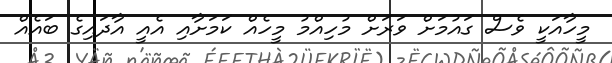
މީހާއަކީ ވެސް ގައުމަށް ވަރަށް މުހިއްމު މީހެއް ކަމަށާއި އެއީ އާދައިގެ ބައެއް